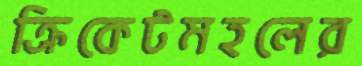
ক্রিকেটমহলের